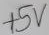
Text: +5V